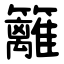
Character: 籬